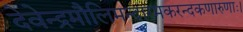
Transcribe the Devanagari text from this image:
देवेन्द्रमौलिमन्दारमकरन्दकणारुणाः।